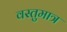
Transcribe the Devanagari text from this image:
वस्तुमात्र